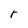
Character: r